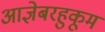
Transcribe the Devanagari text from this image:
आज्ञेबरहुकूम